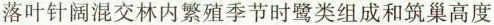
落叶针阔混交林内繁殖季节时鹭类组成和筑巢高度